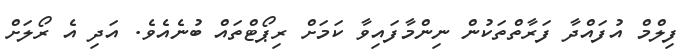
ފިލްމް އުފައްދާ ފަރާތްތަކުން ނިންމާފައިވާ ކަމަށް ރިޕޯޓްތައް ބުނެއެވެ. އަދި އެ ރޯލަށް